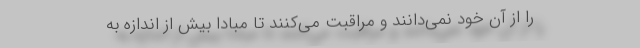
را از آنِ خود نمي‌دانند و مراقبت مي‌كنند تا مبادا بيش از اندازه به